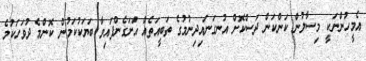
އެމީހުންނަކީ މިސާލުން ކަންކަން ދަސްކޮށް އުނގަނައިދިނުމުގެ ތަބީއަތެއް އަށަގެންފައިވާ ބަޔަކުކަމުން ކޮންމެ ދުވަހަކުމެ